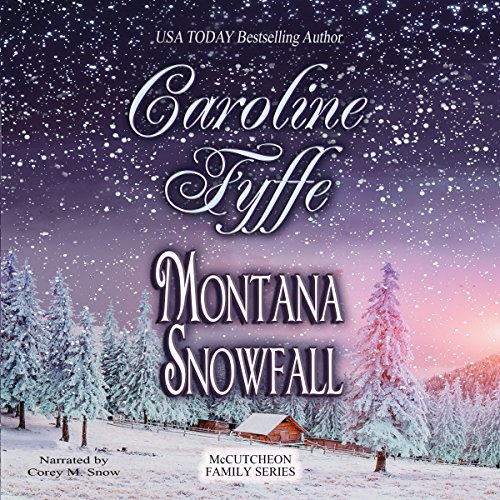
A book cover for Montana Snowfall: McCutcheon Family Series, Book 7; Caroline Fyffe; Romance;